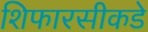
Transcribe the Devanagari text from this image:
शिफारसीकडे